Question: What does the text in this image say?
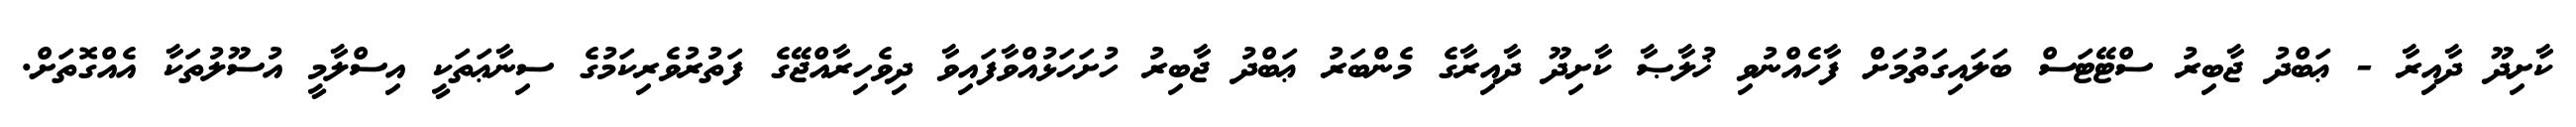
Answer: ކާށިދޫ ދާއިރާ - ޢަބްދު ޖާބިރު ސްޓޭޓަސް ބަލައިގަތުމަށް ފާހެއްނުވި ޚުލާޞާ ކާށިދޫ ދާއިރާގެ މެންބަރު ޢަބްދު ޖާބިރު ހުށަހަޅުއްވާފައިވާ ދިވެހިރާއްޖޭގެ ފަތުރުވެރިކަމުގެ ސިނާޢަތަކީ އިސްލާމީ އުސޫލުތަކާ އެއްގޮތަށް.